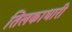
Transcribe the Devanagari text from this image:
तिलकाधारी